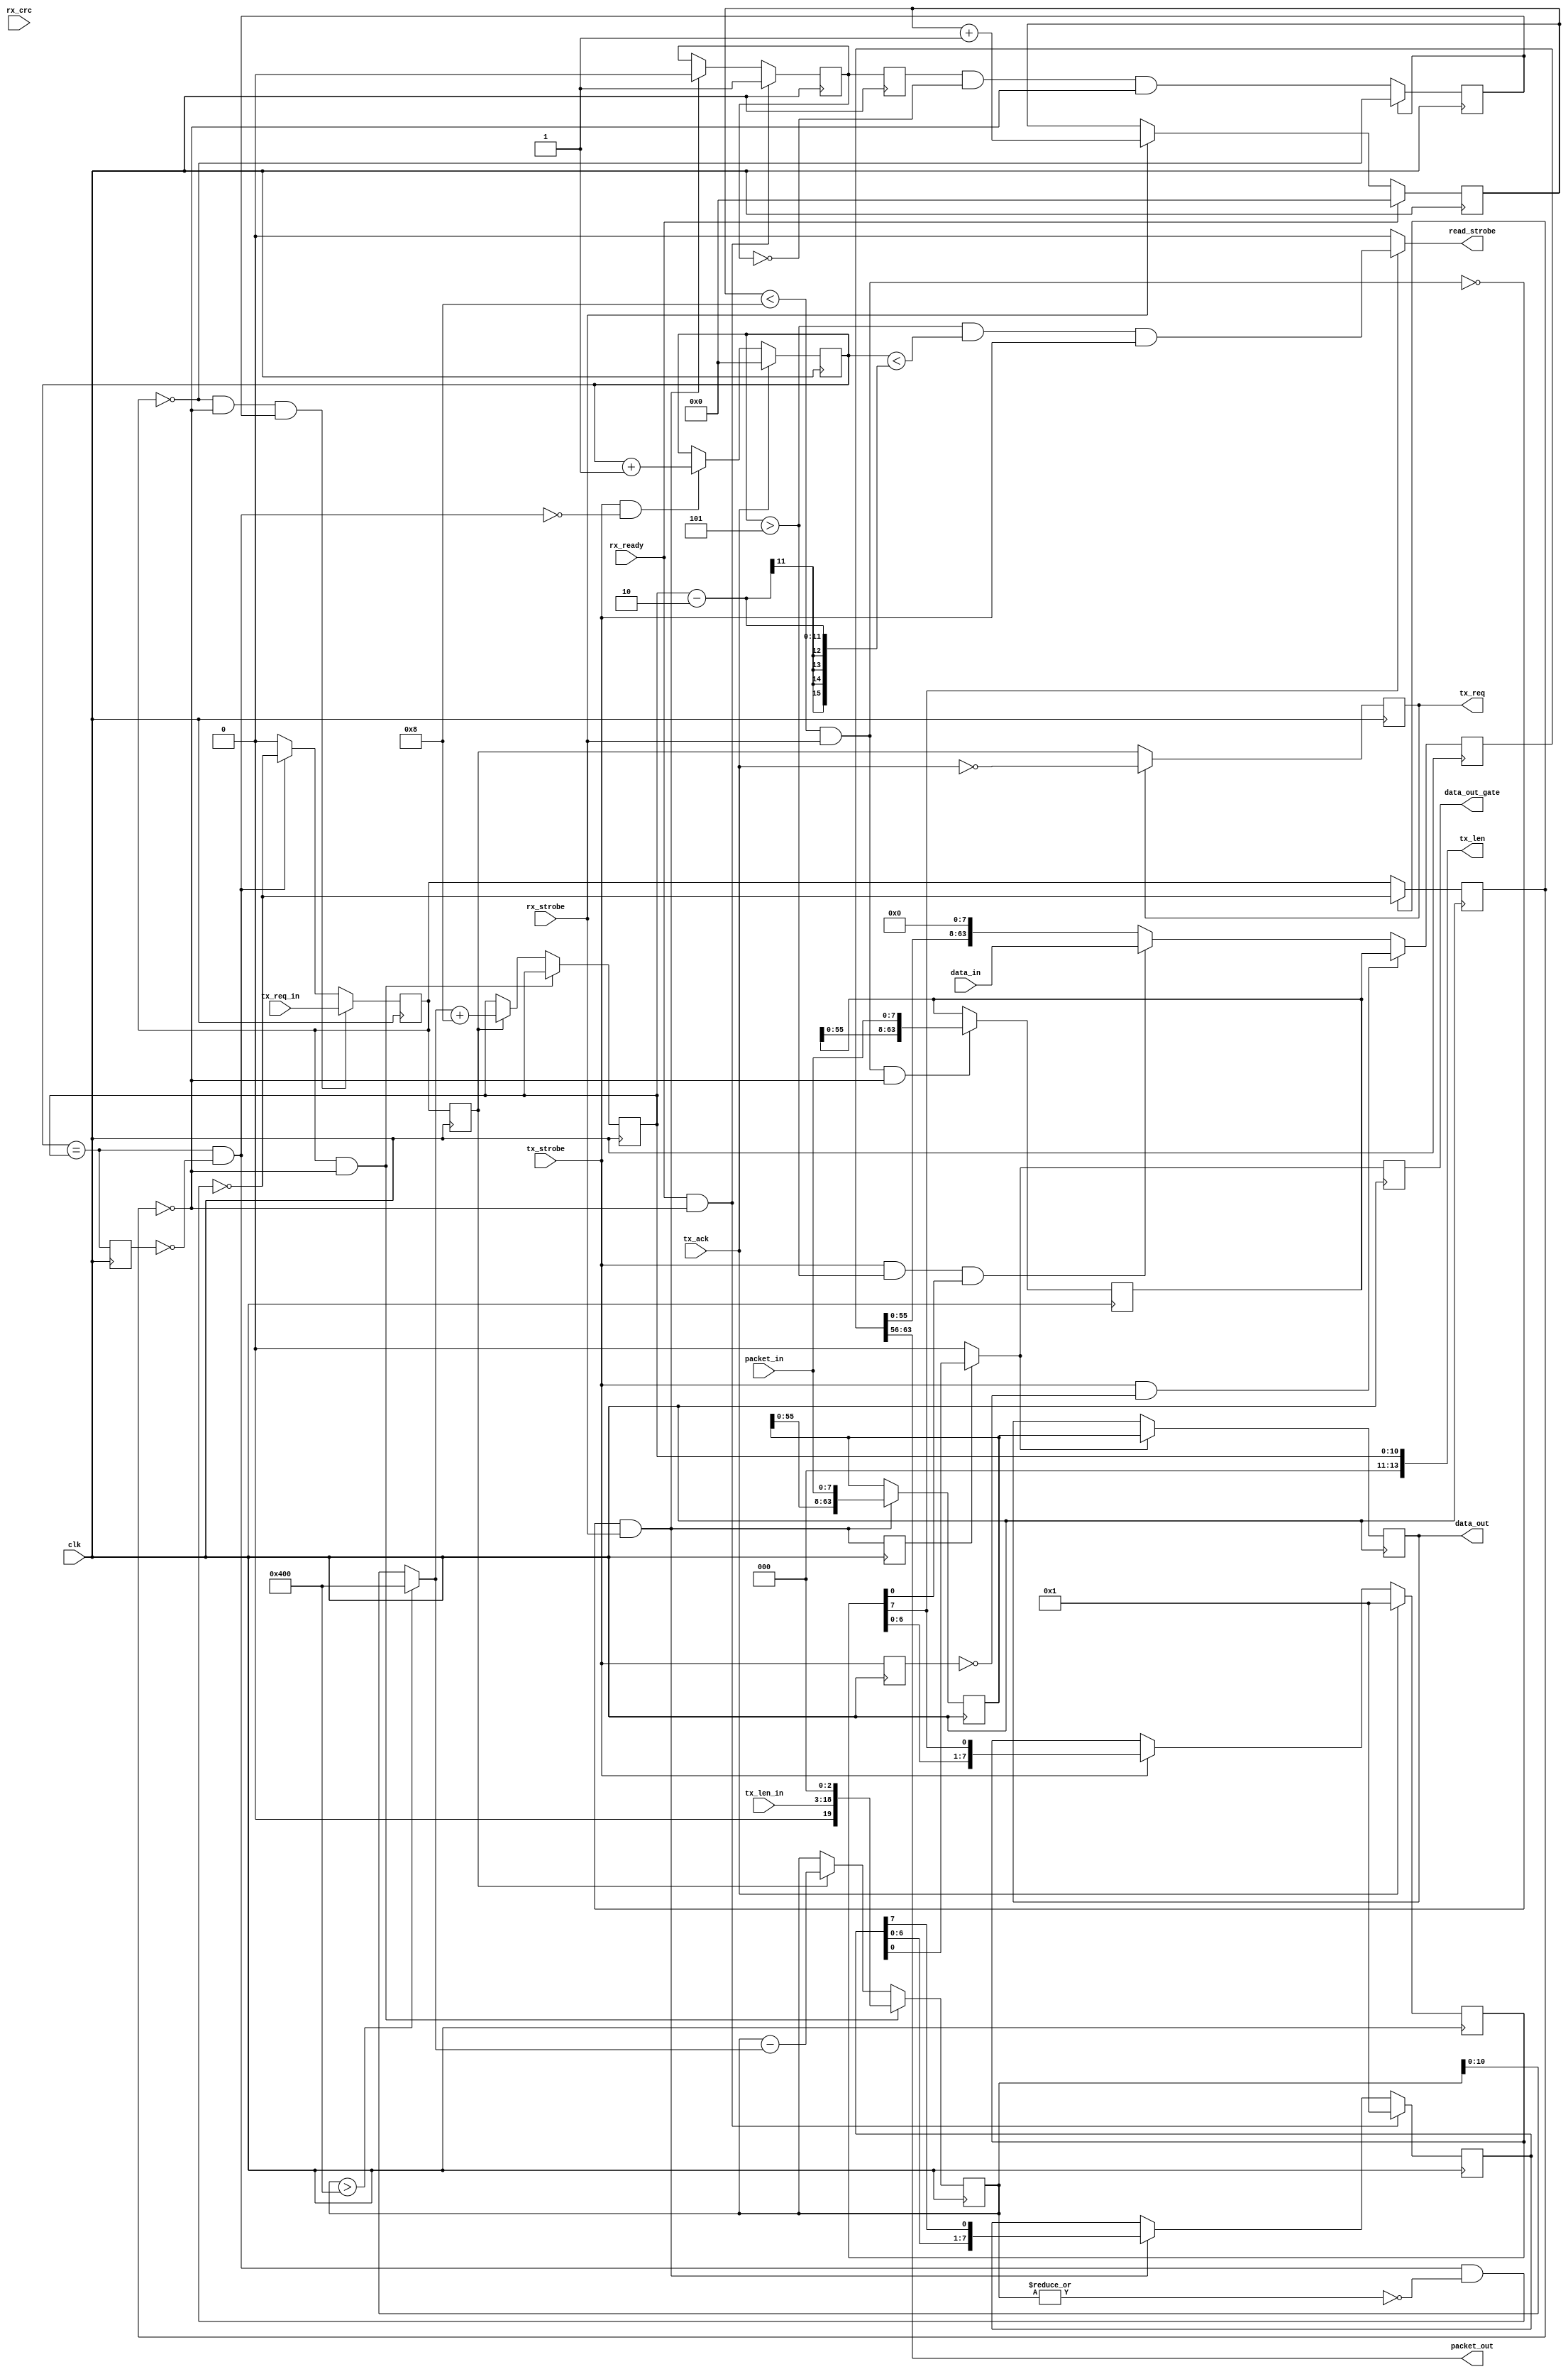
`timescale 1ns / 1ns

// Uber-simple mapping of a UDP packet to a register read/write port.
// Lead with 64 bits of padding (sequence number, ID, nonce, ...),
// then alternate 32 bits of control+address with data.
// Stick with 24 bits of address, leave 8 bits for control.
// Only one of those control bits is actually used, it's the R/W line.
// Every packet is returned to the sender with the read data filled in.
// Local bus read latency is fixed, configurable at compile time.
// Uses standard network byte order (big endian).
// XXX Needs work on interlocking if the output FIFO fills up.

module raw_gateway(
	clk,
	rx_ready,
	rx_strobe,
	rx_crc,
	packet_in,
	tx_ack,
	tx_strobe,
	tx_req,
	tx_len,
	packet_out,
	// read data from memory
	read_strobe,
	data_in,
	// wirte data to memory
	data_out,
	data_out_gate,
	tx_req_in,
	tx_len_in
);
parameter jumbo_dw=14;
parameter NUM_BYTE=8; // NUM_BYTE must in { 1, 2, 4, 8, 16}
parameter TXLEN_WIDTH=16;


`ifdef SIMULATE
parameter MAX_ONE_TXLEN=8;
parameter BURST_LEN=16'd16;
parameter PACKET_LEN=11'd40;
`else
parameter MAX_ONE_TXLEN=1024;
parameter BURST_LEN=16'd1024;
parameter PACKET_LEN=11'd1032;
`endif

wire [TXLEN_WIDTH-1:0] temp=MAX_ONE_TXLEN;

input clk;   // timespec 6.8 ns
// interface for packet reception
input rx_ready;
input rx_strobe;
input rx_crc;  // ignored
input [7:0] packet_in;
// interface for packet transmission
input tx_ack;
input tx_strobe;
output reg tx_req=1'b0;
output [jumbo_dw-1:0] tx_len;
output [7:0] packet_out;

// local bus: read data from memory
output read_strobe;  // read strobe from ethernet
input [NUM_BYTE*8-1:0] data_in;

// local bus: write data to memory
output reg [NUM_BYTE*8-1:0] data_out={NUM_BYTE*8{1'b0}};
output reg data_out_gate=1'b0;

input [TXLEN_WIDTH-1:0] tx_len_in;

input tx_req_in;  // tx_req_in  send to gateway then send to gmii



initial tx_req=1'b0;

// octet are shift regs indicate i/oword byte shift sequence
reg [NUM_BYTE-1:0] octet_rx={NUM_BYTE{1'b0}};
reg [NUM_BYTE-1:0] octet_tx={NUM_BYTE{1'b0}};
// i/o pipe for rx tx
reg [NUM_BYTE*8-1:0] iwords={NUM_BYTE*8{1'b0}};
reg [NUM_BYTE*8-1:0] owords={NUM_BYTE*8{1'b0}};
// packet head
reg [63:0] packet_head=64'b0;
// tx_req_in reg
reg tx_req_in_r=1'b0;

// use rx_ready_cnt to find when is packet head, when is packet data
reg [15:0] rx_ready_cnt=16'b0;
// cnt for each tx: the same idea as rx_ready_cnt
reg [15:0] tx_cnt=16'b0;
// tx_strobe delay one cycle
reg tx_strobe_d=1'b0;

// records the length of data need to be send, updated after every tx
reg [TXLEN_WIDTH+3:0] tx_len_in_r={(TXLEN_WIDTH+3){1'b0}};
// actual send length of data at one time
wire [10:0] packet_len_load=(tx_len_in_r>MAX_ONE_TXLEN) ? MAX_ONE_TXLEN:tx_len_in_r;
// packet_len_load +8 = packet_len  take packet head (8 bytes) into account
reg [10:0] packet_len=11'b0;

// iword -> data_out strobe
wire data_strobe;

// get 4 delayed tx_req_in_r
reg [3:0] tx_req_in_pipe=4'b0;
// when ~busy_tx & after save packet head we can enable tx
reg tx_ena=1'b0;

wire tx_done_pre=(tx_cnt=={5'b0,packet_len});
reg tx_done_pre_d=1'b0;
wire tx_done=tx_done_pre&(~tx_done_pre_d);
reg tx_req_done=1'b0;
wire [TXLEN_WIDTH+3:0] tx_len_in_byte= (NUM_BYTE==1) ? {4'b0,tx_len_in}:
									   ((NUM_BYTE==2) ? {3'b0,tx_len_in,1'b0} :
									   ((NUM_BYTE==4) ? {2'b0,tx_len_in,2'b0} :
									   ((NUM_BYTE==8) ? {1'b0,tx_len_in,3'b0} :
									   ((NUM_BYTE==16) ? {tx_len_in,4'b0} :
									   {(TXLEN_WIDTH+3){1'b0}}))));

reg busy_tx=1'b0;
// indicate loading packet head
reg rx_head_refreshing=1'b0;
reg rx_head_refreshing_d=1'b0;
always @(posedge clk) begin
	rx_head_refreshing_d<=rx_head_refreshing;
end
wire trig_tx=rx_head_refreshing_d&(~rx_head_refreshing);

always @(posedge clk) begin
	tx_done_pre_d<=tx_done_pre;
end

// the packet_in is packet head
wire read_head_flag=(rx_ready_cnt<16'd8)&rx_strobe;
// the packet_in is packet data
wire rx_data_flag=(~read_head_flag)&rx_strobe;
reg rx_data_flag_d=0;

always @(posedge clk) begin
	rx_data_flag_d<=rx_data_flag;
end

// octet shift procedure
always@(posedge clk) begin
	if (rx_ready&(~busy_tx)) begin
		octet_rx<={{NUM_BYTE-1{1'b0}},1'b1};
		rx_head_refreshing<=1'b1;
	end
	else if (rx_data_flag) begin
		octet_rx<={octet_rx[NUM_BYTE-2:0],octet_rx[NUM_BYTE-1]};
		rx_head_refreshing<=1'b0;
	end
end
always@(posedge clk) begin
	if (tx_ack) begin
		octet_tx<={{NUM_BYTE-1{1'b0}},1'b1};
	end
	else if (tx_strobe) begin
		octet_tx<={octet_tx[NUM_BYTE-2:0],octet_tx[NUM_BYTE-1]};
	end
end

//  cnt for rx_ready
always @(posedge clk) begin
	if (rx_ready) begin
		rx_ready_cnt<=16'b0;
	end
	else if(rx_strobe)
		rx_ready_cnt<=rx_ready_cnt+16'b1;
end


// tx_cnt
always @(posedge clk) begin
	if (tx_ack) begin
		tx_cnt<=16'b0;
	end else if (tx_strobe&(~tx_done))
		tx_cnt<=tx_cnt+16'b1;
	else
		tx_cnt<=tx_cnt;
end

// packet_head
always @(posedge clk) begin
	if (read_head_flag&(~busy_tx))  // need modify
		packet_head<={packet_head[55:0],packet_in}; // need modify
end

// packet_data
always@(posedge clk) begin
	if (rx_data_flag)
		iwords<={iwords[NUM_BYTE*8-9:0],packet_in};
end
// data_out
always@(posedge clk) begin
	if (data_strobe)
		data_out<=iwords;
	data_out_gate<=data_strobe;
end

always @(posedge clk) begin
	tx_strobe_d<=tx_strobe;
end
// owords
always @(posedge clk) begin
	if (tx_strobe&~tx_strobe_d)
		owords<={packet_head};
	else if (tx_strobe &(tx_cnt>16'd5)&octet_tx[0])
		owords<=data_in;
	else
		owords<={owords[55:0],8'b0};
end

// load tx_len_in_r
wire busy_clear_flag=tx_done&(~|tx_len_in_r);
always @(posedge clk) begin
	tx_req_in_r<=((~tx_req_in_r)&(~busy_tx)&(tx_ena)) ? tx_req_in : tx_done ? ~busy_clear_flag :1'b0;
	busy_tx<=(~busy_tx) ? tx_req_in_r : (~busy_clear_flag);
	tx_ena<=(~tx_ena) ? (trig_tx&(~busy_tx)) : ~tx_req_in_r;

	if (tx_req_in_r&(~busy_tx)) begin
		tx_len_in_r<=tx_len_in_byte;
	end
	else if (tx_req_in_pipe[0]) begin
		tx_len_in_r<=tx_len_in_r-packet_len_load;
		packet_len<=packet_len_load+11'd8; // length includes 8-octet UDP header, tx_len does not

	end
end

//tx_req set and clear
always @(posedge clk) begin
	tx_req<=(~tx_req) ? tx_req_in_pipe[0] : ~(tx_ack);
end

// tx_req_pipe
//wire tx_req_flag=tx_req_in|finish send&(|tx_len_in_r);

always @(posedge clk) begin
	tx_req_in_pipe<={tx_req_in_pipe[2:0],tx_req_in_r};
end

assign packet_out=owords[63:56];

assign read_strobe = octet_tx[NUM_BYTE-1] ? ((tx_cnt>16'd5)&(tx_cnt<(packet_len-16'd2))&tx_strobe): 1'b0;
assign data_strobe = rx_data_flag_d ? octet_rx[0]: 1'b0;

assign tx_len = {{(jumbo_dw-11){1'b0}},packet_len};
endmodule